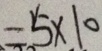
= 5 \times 1 0